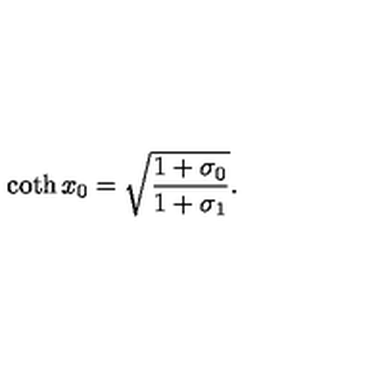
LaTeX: \coth x _ { 0 } = \sqrt { \frac { 1 + \sigma _ { 0 } } { 1 + \sigma _ { 1 } } } .